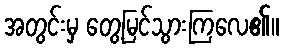
အတွင်းမှ တွေ့မြင်သွားကြလေ၏။